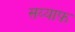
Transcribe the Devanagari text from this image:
सय्याफ़